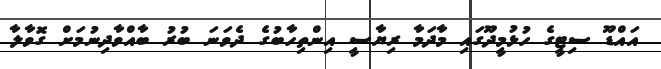
އައްޑޫ ސިޓީގެ ހުޅުމީދޫގައި މާދަމާ ރިޔާސީ އިންތިހާބުގެ ދެވަނަ ބުރު ބާއްވާދިނުމަށް ގޮވާލާ